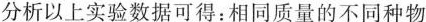
分析以上实验数据可得：相同质量的不同种物